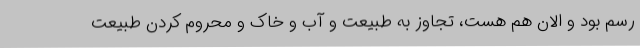
رسم بود و الان هم هست، تجاوز به طبیعت و آب و خاک و محروم کردن طبیعت